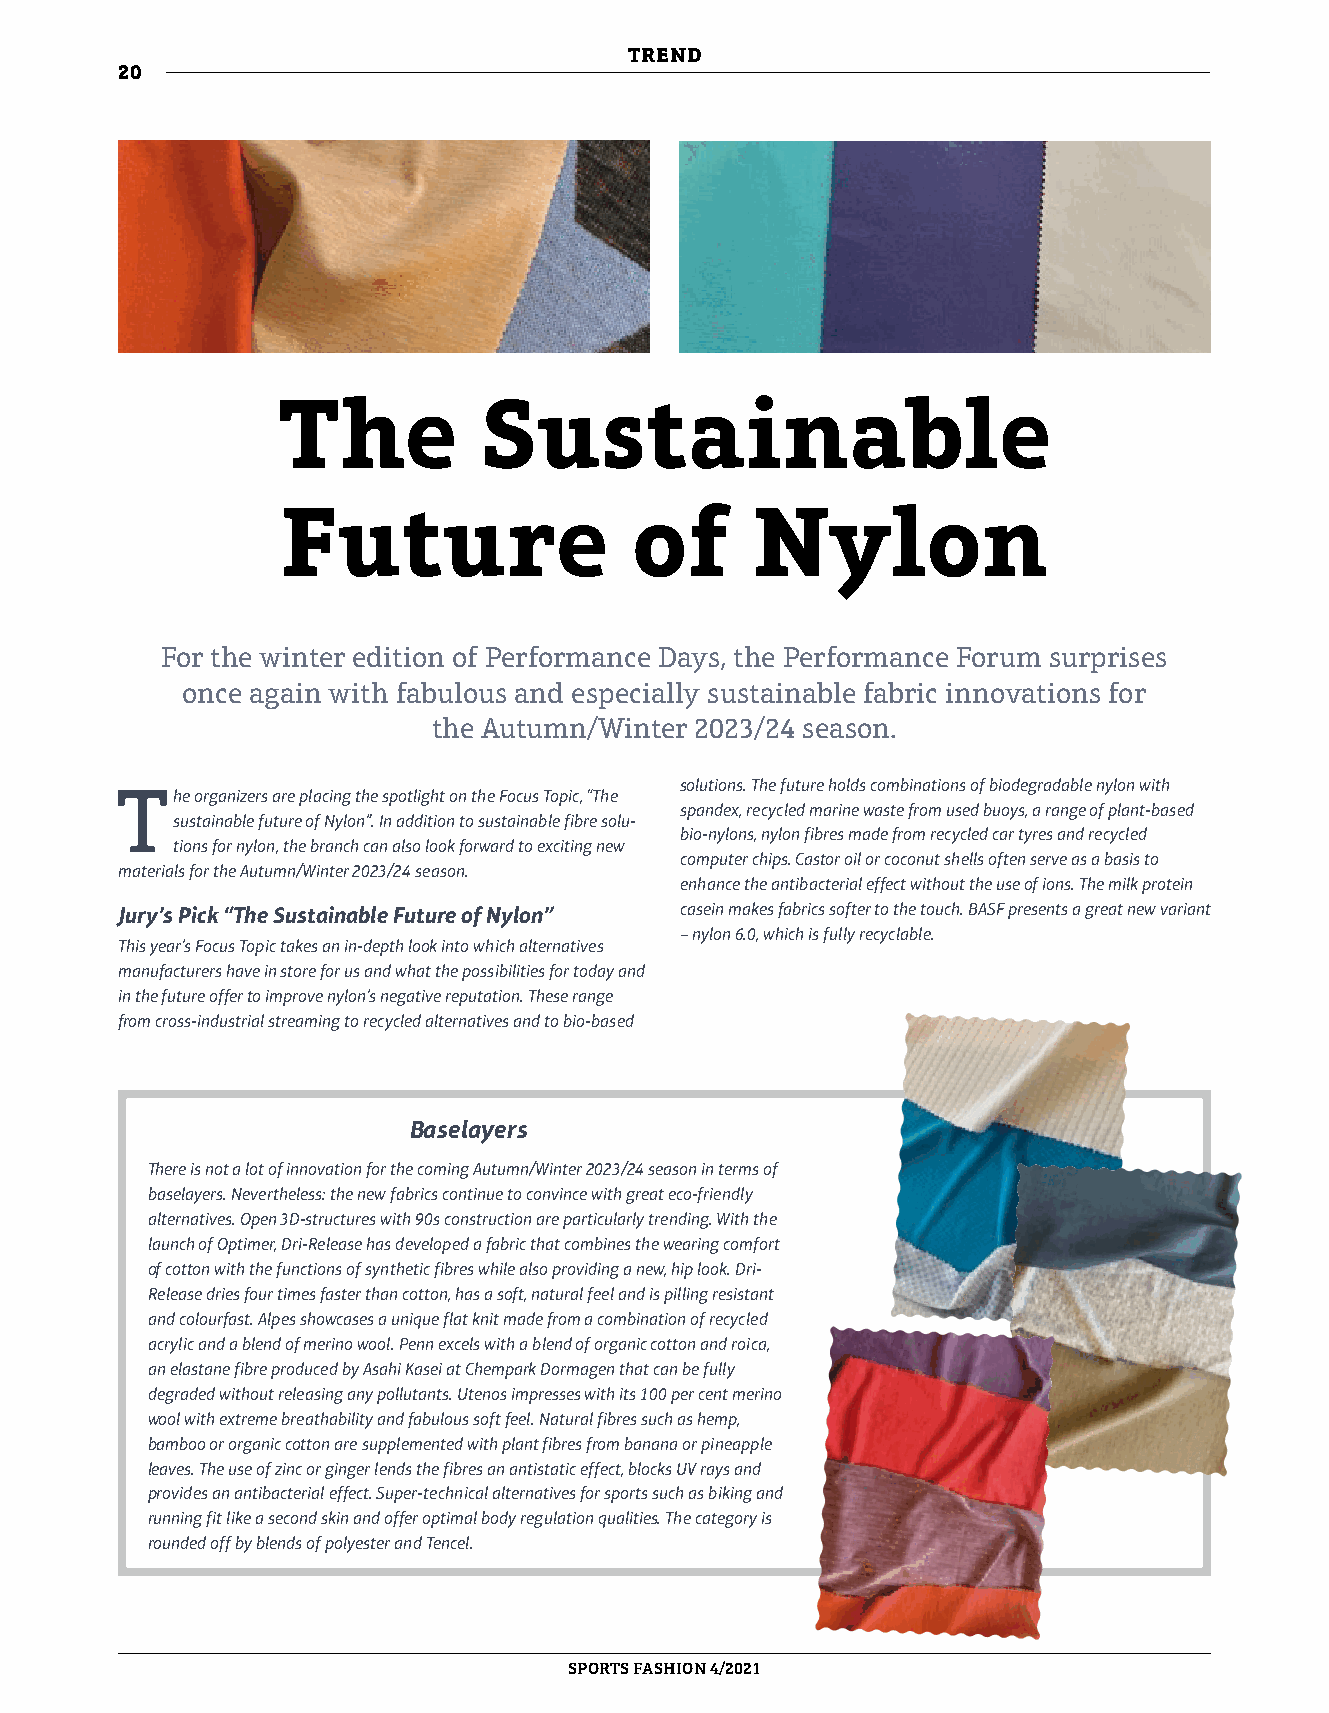
TREND
 20
 The           Sustainable
 Future                 of      Nylon
 For the winter edition of Performance Days, the Performance Forum surprises
 once again with fabulous and especially sustainable fabric innovations for
 the Autumn/Winter 2023/24 season.
 The  organizers are placing the spotlight on the Focus Topic, “The solutions. The future holds combinations of biodegradable nylon with
 spandex, recycled marine waste from used buoys, a range of plant-based
 sustainable future of Nylon”. In addition to sustainable fibre solu-
 bio-nylons, nylon fibres made from recycled car tyres and recycled
 tions for nylon, the branch can also look forward to exciting new
 computer chips. Castor oil or coconut shells often serve as a basis to
 materials for the Autumn/Winter 2023/24 season.
 enhance the antibacterial effect without the use of ions. The milk protein
 Jury’s Pick “The Sustainable Future of Nylon” casein makes fabrics softer to the touch. BASF presents a great new variant
 – nylon 6.0, which is fully recyclable.
 This year’s Focus Topic takes an in-depth look into which alternatives
 manufacturers have in store for us and what the possibilities for today and
 in the future offer to improve nylon’s negative reputation. These range
 from cross-industrial streaming to recycled alternatives and to bio-based
 Baselayers
 There is not a lot of innovation for the coming Autumn/Winter 2023/24 season in terms of
 baselayers. Nevertheless: the new fabrics continue to convince with great eco-friendly
 alternatives. Open 3D-structures with 90s construction are particularly trending. With the
 launch of Optimer, Dri-Release has developed a fabric that combines the wearing comfort
 of cotton with the functions of synthetic fibres while also providing a new, hip look. Dri-
 Release dries four times faster than cotton, has a soft, natural feel and is pilling resistant
 and colourfast. Alpes showcases a unique flat knit made from a combination of recycled
 acrylic and a blend of merino wool. Penn excels with a blend of organic cotton and roica,
 an elastane fibre produced by Asahi Kasei at Chempark Dormagen that can be fully
 degraded without releasing any pollutants. Utenos impresses with its 100 per cent merino
 wool with extreme breathability and fabulous soft feel. Natural fibres such as hemp,
 bamboo or organic cotton are supplemented with plant fibres from banana or pineapple
 leaves. The use of zinc or ginger lends the fibres an antistatic effect, blocks UV rays and
 provides an antibacterial effect. Super-technical alternatives for sports such as biking and
 running fit like a second skin and offer optimal body regulation qualities. The category is
 rounded off by blends of polyester and Tencel.
 SPORTSFASHION 4/2021